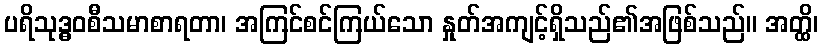
ပရိသုဒ္ဓဝစီသမာစာရတာ၊ အကြင်စင်ကြယ်သော နှုတ်အကျင့်ရှိသည်၏အဖြစ်သည်။ အတ္ထိ၊